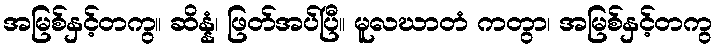
အမြစ်နှင့်တကွ။ ဆိန္နံ၊ ဖြတ်အပ်ပြီ။ မူလဃာတံ ကတွာ၊ အမြစ်နှင့်တကွ